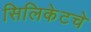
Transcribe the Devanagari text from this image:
सिलिकेटचे